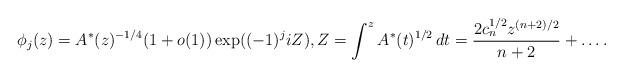
LaTeX: \begin{align*} \phi_{j}(z) = A^*(z)^{-1/4} (1+o(1)) \exp ( (-1)^j i Z ), Z = \int^z A^*(t)^{1/2} \, dt = \frac{2 c_n^{1/2} z^{(n+2)/2}}{n+2} + \ldots .\end{align*}